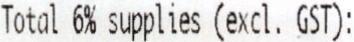
TOTAL 6% SUPPLIES (EXCL. GST):